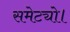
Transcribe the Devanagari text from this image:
समेट्यो।